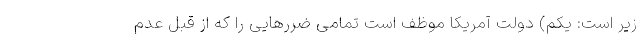
زیر است: یکم) دولت آمریکا موظف است تمامی ضررهایی را که از قِبل عدم